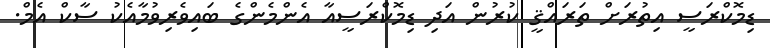
ޑިމޮކްރަސީ އިތުރަށް ތަރައްޤީ ކުރުން އަދި ޑިމޮކްރަސީއާ އެންމެންގެ ބައިވެރިވުމާއެކު ސާކް އެމް.